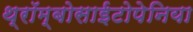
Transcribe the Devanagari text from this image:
थ्रॉम्बोसाईटोपेनिया